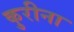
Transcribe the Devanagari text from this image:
कुरीना